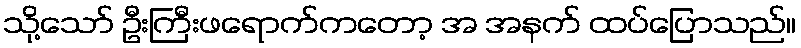
သို့သော် ဦးကြီးဖရောက်ကတော့ အ အနက် ထပ်ပြောသည်။